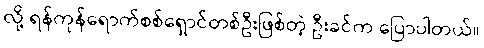
လို့ ရန်ကုန်ရောက်စစ်ရှောင်တစ်ဦးဖြစ်တဲ့ ဦးခင်က ပြောပါတယ်။